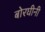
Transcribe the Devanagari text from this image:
बोरघीनी